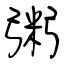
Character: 粥